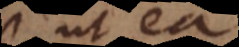
ut ea